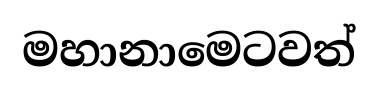
මහානාමෙටවත්